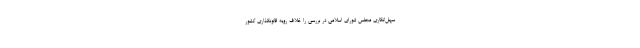
سهل‌انگاری مجلس شورای اسلامی در بررسی را خلاف رویه قانونگذاری کشور